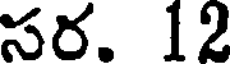
సర. 12